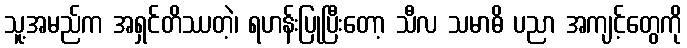
သူ့အမည်က အရှင်တိဿတဲ့၊ ရဟန်းပြုပြီးတော့ သီလ သမာဓိ ပညာ အကျင့်တွေကို